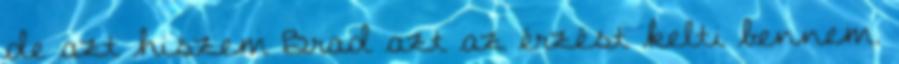
de azt hiszem Brad azt az érzést kelti bennem.